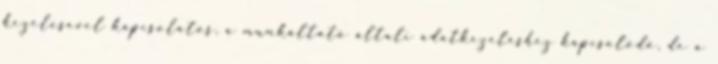
kezelésével kapcsolatos, a munkáltató általi adatkezeléshez kapcsolódó, de a